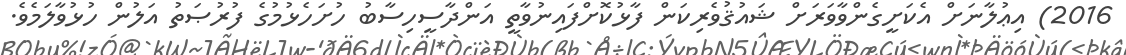
2016) އިޢުލާނަށް އެކަށީގެންވާވަރަށް ޝައުޤުވެރިކަން ފާޅުކޮށްފައިނުވާތީ އަންދާސީހިސާބު ހުށަހެޅުމުގެ ފުރުޞަތު އަލުން ހުޅުވާލަމެވެ.